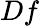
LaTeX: Df